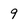
Character: 9